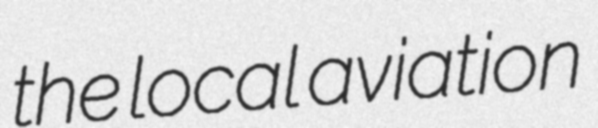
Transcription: the local aviation